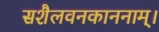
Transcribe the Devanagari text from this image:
सशैलवनकाननाम्।